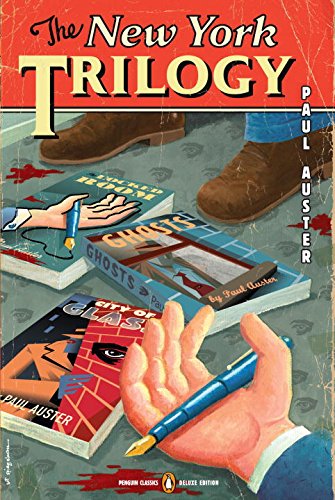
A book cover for The New York Trilogy (Penguin Classics Deluxe Edition); Paul Auster; Mystery, Thriller & Suspense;